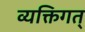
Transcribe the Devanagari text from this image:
व्यक्तिगत्